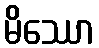
မိဿော